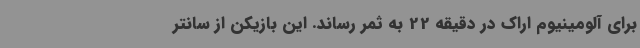
برای آلومینیوم اراک در دقیقه 22 به ثمر رساند. این بازیکن از سانتر